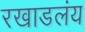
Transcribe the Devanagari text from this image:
रखाडलंय